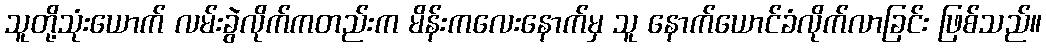
သူတို့သုံးယောက် လမ်းခွဲလိုက်ကတည်းက မိန်းကလေးနောက်မှ သူ နောက်ယောင်ခံလိုက်လာခြင်း ဖြစ်သည်။